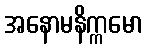
အနောမနိက္ကမော